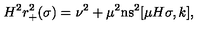
H ^ { 2 } r _ { + } ^ { 2 } ( \sigma ) = \nu ^ { 2 } + \mu ^ { 2 } \mathrm { n s } ^ { 2 } [ \mu H \sigma , k ] ,